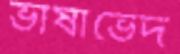
ভাষাভেদ